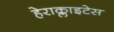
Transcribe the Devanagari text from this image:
हेराक्लाइटेस